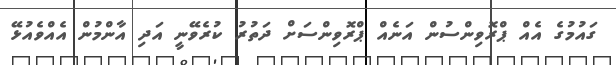
ގައުމުގެ އެއް ޕްރޮވިންސުން އަނެއް ޕްރޮވިންސަށް ދަތުރު ކުރެވޭނީ އަދި އާންމުން އެއްވެއުޅޭ